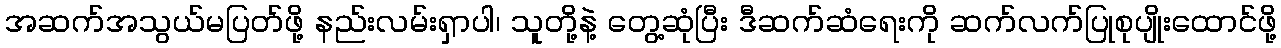
အဆက်အသွယ်မပြတ်ဖို့ နည်းလမ်းရှာပါ၊ သူတို့နဲ့ တွေ့ဆုံပြီး ဒီဆက်ဆံရေးကို ဆက်လက်ပြုစုပျိုးထောင်ဖို့